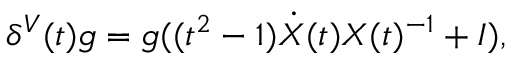
\delta ^ { V } ( t ) g = g ( ( t ^ { 2 } - 1 ) \dot { X } ( t ) X ( t ) ^ { - 1 } + I ) ,